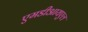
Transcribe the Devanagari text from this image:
एमडीआयएल